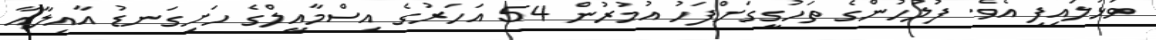
ވަޅުލައިފި އެވެ. ފުލުހުންގެ ތަހުގީގަށްފަހު އުމުރުން 54 އަހަރުގެ އިސްމާއީލްގެ ހަށިގަނޑު އާއިލާއާ